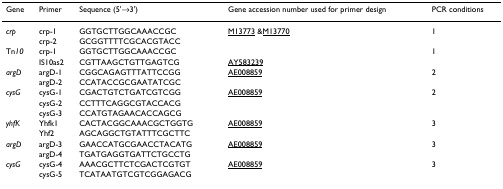
<table><thead><tr><td><b>Gene</b></td><td><b>Primer</b></td><td><b>Sequence (5&#x27;→3&#x27;)</b></td><td><b>Gene accession number used for primer design</b></td><td><b>PCR conditions</b></td></tr></thead><tbody><tr><td><i>crp</i></td><td>crp-1</td><td>GGTGCTTGGCAAACCGC</td><td>M13773 &amp;M13770</td><td>1</td></tr><tr><td></td><td>crp-2</td><td>GCGGTTTTCGCACGTACC</td><td></td><td></td></tr><tr><td>Tn<i>10</i></td><td>crp-1</td><td>GGTGCTTGGCAAACCGC</td><td></td><td>1</td></tr><tr><td></td><td>IS10as2</td><td>CGTTAAGCTGTTGAGTCG</td><td>AY583239</td><td></td></tr><tr><td><i>argD</i></td><td>argD-1</td><td>CGGCAGAGTTTATTCCGG</td><td>AE008859</td><td>2</td></tr><tr><td></td><td>argD-2</td><td>CCATACCGCGAATATCGC</td><td></td><td></td></tr><tr><td><i>cysG</i></td><td>cysG-1</td><td>CGACTGTCTGATCGTCGG</td><td>AE008859</td><td>2</td></tr><tr><td></td><td>cysG-2</td><td>CCTTTCAGGCGTACCACG</td><td></td><td></td></tr><tr><td></td><td>cysG-3</td><td>CCATGTAGAACACCAGCG</td><td></td><td></td></tr><tr><td><i>yhfK</i></td><td>Yhfk1</td><td>CACTACGGCAAACGCTGGTG</td><td>AE008859</td><td>3</td></tr><tr><td></td><td>Yhf2</td><td>AGCAGGCTGTATTTCGCTTC</td><td></td><td></td></tr><tr><td><i>argD</i></td><td>argD-3</td><td>GAACCATGCGAACCTACATG</td><td>AE008859</td><td>3</td></tr><tr><td></td><td>argD-4</td><td>TGATGAGGTGATTCTGCCTG</td><td></td><td></td></tr><tr><td><i>cysG</i></td><td>cysG-4</td><td>AAACGCTTCTCGACTCGTGT</td><td>AE008859</td><td>3</td></tr><tr><td></td><td>cysG-5</td><td>TCATAATGTCGTCGGAGACG</td><td></td><td></td></tr></tbody></table>